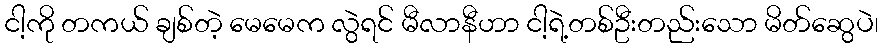
ငါ့ကို တကယ် ချစ်တဲ့ မေမေက လွဲရင် မီလာနီဟာ ငါ့ရဲ့တစ်ဦးတည်းသော မိတ်ဆွေပဲ၊